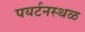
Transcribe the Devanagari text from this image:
पयर्टनस्थळ